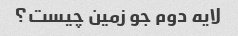
لایه دوم جو زمین چیست؟